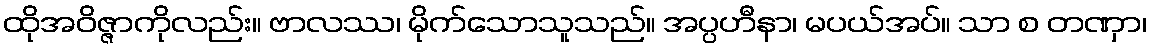
ထိုအဝိဇ္ဇာကိုလည်း။ ဗာလဿ၊ မိုက်သောသူသည်။ အပ္ပဟီနာ၊ မပယ်အပ်။ သာ စ တဏှာ၊